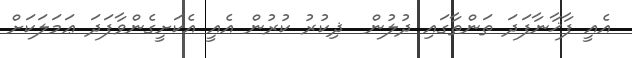
އެއީ ފާޚާނާފަދަ ތަންތާގައި ދުލުން  ޛިކުރު ކުރުން އެއީ އެކަށީގެންވާފަދަ ޢަމަލަކަށް